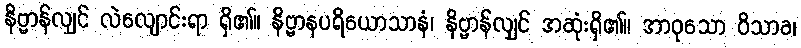
နိဗ္ဗာန်လျှင် လဲလျောင်းရာ ရှိ၏။ နိဗ္ဗာနပရိယောသာနံ၊ နိဗ္ဗာန်လျှင် အဆုံးရှိ၏။ အာဝုသော ဝိသာခ၊